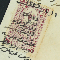
داوود موسى دومط دوميط موسى دوميط واسعد وتوفيق وديبه هيلانه دوميط يوسف عن